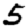
Digit: 5